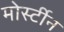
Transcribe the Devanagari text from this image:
मोर्स्टीन